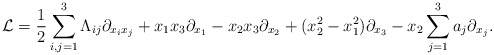
\begin{align*} \mathcal{L} = \frac{1}{2}\sum_{i,j=1}^3 \Lambda_{ij} \partial_{x_i x_j} +x_1 x_3 \partial_{x_1} - x_2 x_3 \partial_{x_2} + (x_2^2 - x_1^2)\partial_{x_3} - x_2\sum_{j=1}^3 a_j \partial_{x_j}.\end{align*}